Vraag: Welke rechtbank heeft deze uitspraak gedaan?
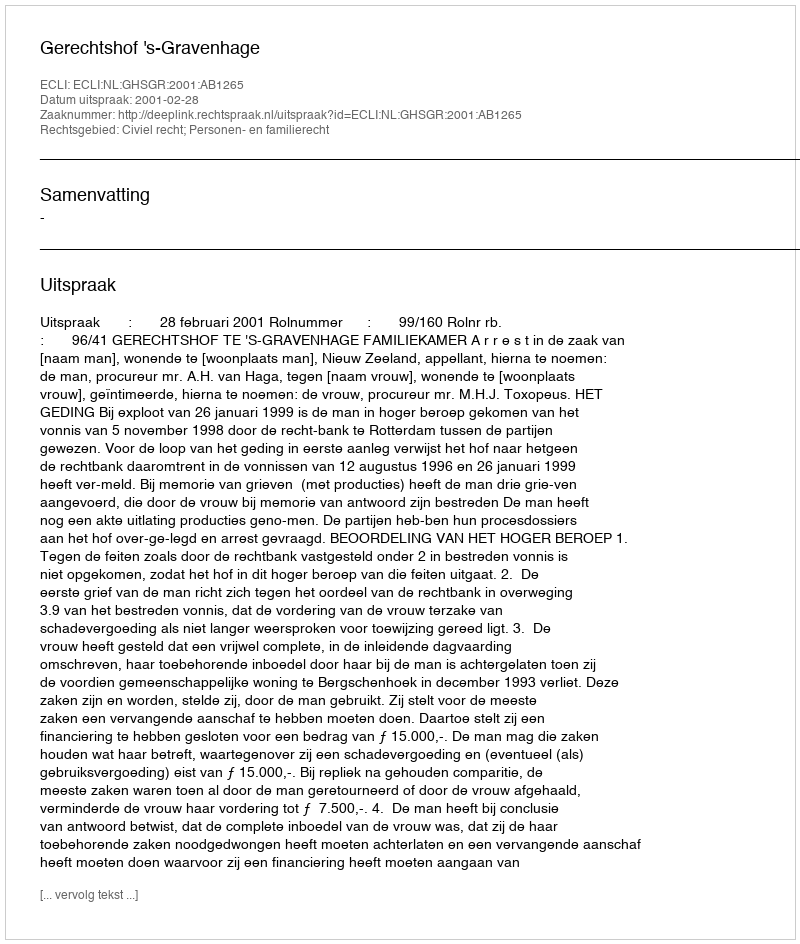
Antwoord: Gerechtshof 's-Gravenhage